Leaving Certificate Examination (including Day School Certificate (Higher) General paper), 1939
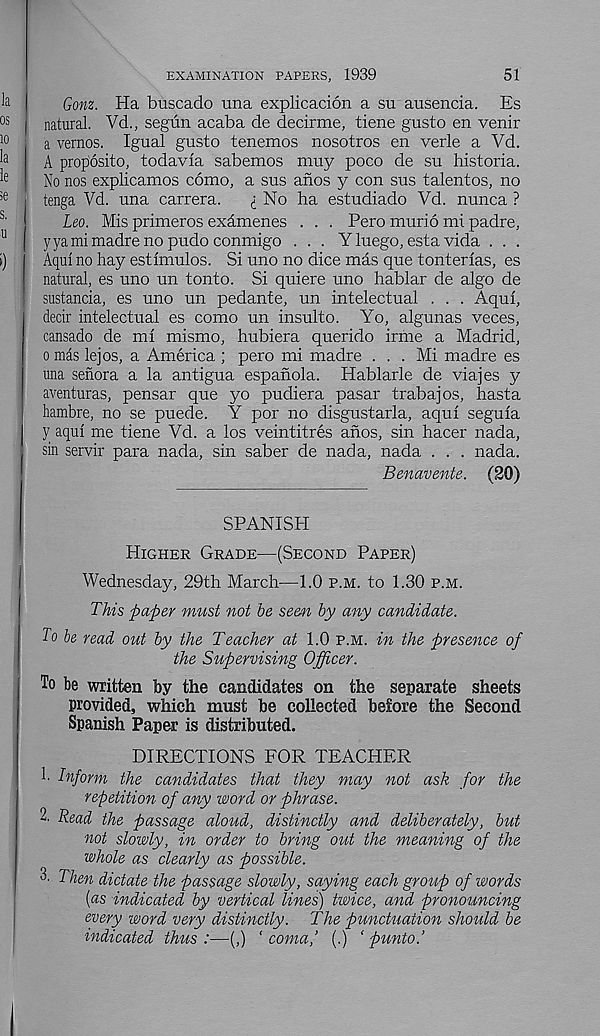
51
EXAMINATION PAPERS, 1939
Gonz. Ha buscado una explicacion a su ausencia. Es
natural. Vd., segiin acaba de decirme, tiene gusto en venir
a vernos. Igual gusto tenemos nosotros en verle a Vd.
A prop'osito, todavla sabemos muy poco de su historia.
No nos explicamos como, a sus anos y con sus talentos, no
tenga Vd. una carrera.
<; No ha estudiado Vd. nunca ?
Leo. Mis primeros exdmenes . . . Pero murio mi padre,
yyamimadre no pudo conmigo . . . Y luego, esta vida . . .
Aqui no hay esthnulos. Si uno no dice mas que tonterias, es
natural, es uno un tonto. Si quiere uno hablar de algo de
sustancia, es uno un pedante, un intelectual . . . Aqui,
dedr intelectual es como un insulto. Yo, algunas veces,
cansado de ml mismo, hubiera querido irme a Madrid,
o mds lejos, a America ; pero mi madre ... Mi madre es
una senora a la antigua espanola. Hablarle de viajes y
aventuras, pensar que yo pudiera pasar trabajos, hasta
hambre, no se puede. Y por no disgustarla, aqui segula
y aqui me tiene Vd. a los veintitres anos, sin hacer nada,
sin servir para nada, sin saber de nada, nada . . . nada.
Benavente. (20)
SPANISPI
Higher Grade—(Second Paper)
Wednesday, 29th March—1.0 p.m. to 1.30 p.m.
This paper must not he seen by any candidate.
To be read out by the Teacher at 1.0 p.m. in the presence of
the Supervising Officer.
To be written by the candidates on the separate sheets
provided, which must be collected before the Second
Spanish Paper is distributed.
DIRECTIONS FOR TEACHER
1. Inform the candidates that they may not ask for the
repetition of any word or phrase.
2. Read the passage aloud, distinctly and deliberately, but
not slowly, in order to bring oiit the meaning of the
whole as clearly as possible.
3. Then dictate the passage slowly, saying each group of words
{as indicated by vertical lines) twice, and pronouncing
every word very distinctly. The punctuation should be
indicated thus:—(,) ‘coma,’ (.) ‘ punto.’